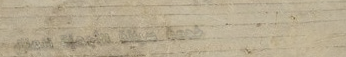
خدمة صيانة الأجهزة المنزل